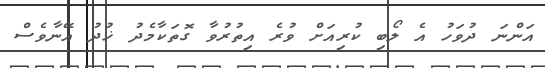
އަންނަ ދުވަހު އެ ލޯބި ކުރިއަށް ވުރެ އިތުރުވާ ގޮތަކާމެދު ޚުދު އޭނާވެސް